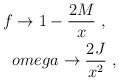
LaTeX: \begin{align*}f \rightarrow 1 - \frac{2 M}{x} \ , \ \ \\omega \rightarrow \frac{2 J}{x^2}\ , \end{align*}